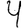
Digit: 4